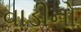
વાડીનો